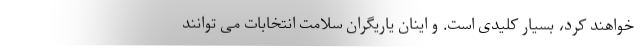
خواهند کرد، بسیار کلیدی است. و اینان یاریگران سلامت انتخابات می توانند